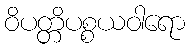
ဝိပတ္တိပစ္စယဝါရော